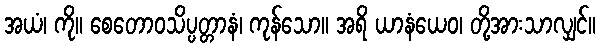
အယံ၊ ကို။ စေတောဝသိပ္ပတ္တာနံ၊ ကုန်သော။ အရိ ယာနံယေဝ၊ တို့အားသာလျှင်။